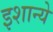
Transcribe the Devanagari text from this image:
इशान्ये